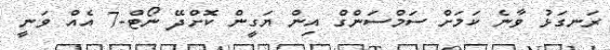
ރަނގަޅު ވާނެ ކަމަށް ސަމްސަންގް އިން ޔަގީން ކޮށްދޭ ނޯޓް-7 އެއް ވަނީ